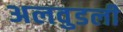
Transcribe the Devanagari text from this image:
अलवुडली